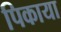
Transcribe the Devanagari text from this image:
पिकाया